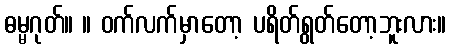
ဓမ္မဂုတ်။ ။ ဝက်လက်မှာတော့ ပရိတ်ရွတ်တော့ဘူးလား။